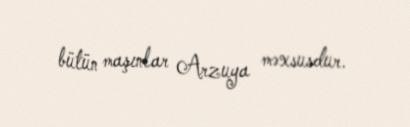
bütün maşınlar Arzuya məxsusdur.